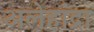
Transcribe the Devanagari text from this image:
अलेहांद्रा